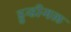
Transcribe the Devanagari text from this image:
डुन्डीगल